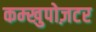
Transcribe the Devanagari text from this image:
कम्खुपोज़टर